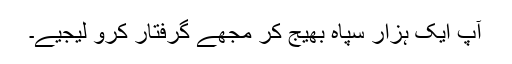
آپ ایک ہزار سپاہ بھیج کر مجھے گرفتار کرو لیجیے۔